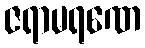
ဇရာမရဏေ